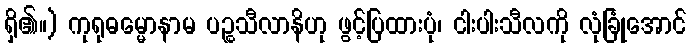
ရှိ၏။) ကုရုဓမ္မောနာမ ပဉ္စသီလာနိဟု ဖွင့်ပြထားပုံ၊ ငါးပါးသီလကို လုံခြုံအောင်